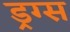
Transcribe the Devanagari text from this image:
ड्रग्‍स